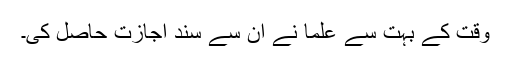
وقت کے بہت سے علما نے ان سے سند اجازت حاصل کی۔